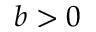
b > 0